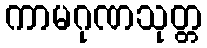
ကာမဂုဏသုတ္တ